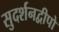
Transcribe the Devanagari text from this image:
सुदर्शनद्वीपो